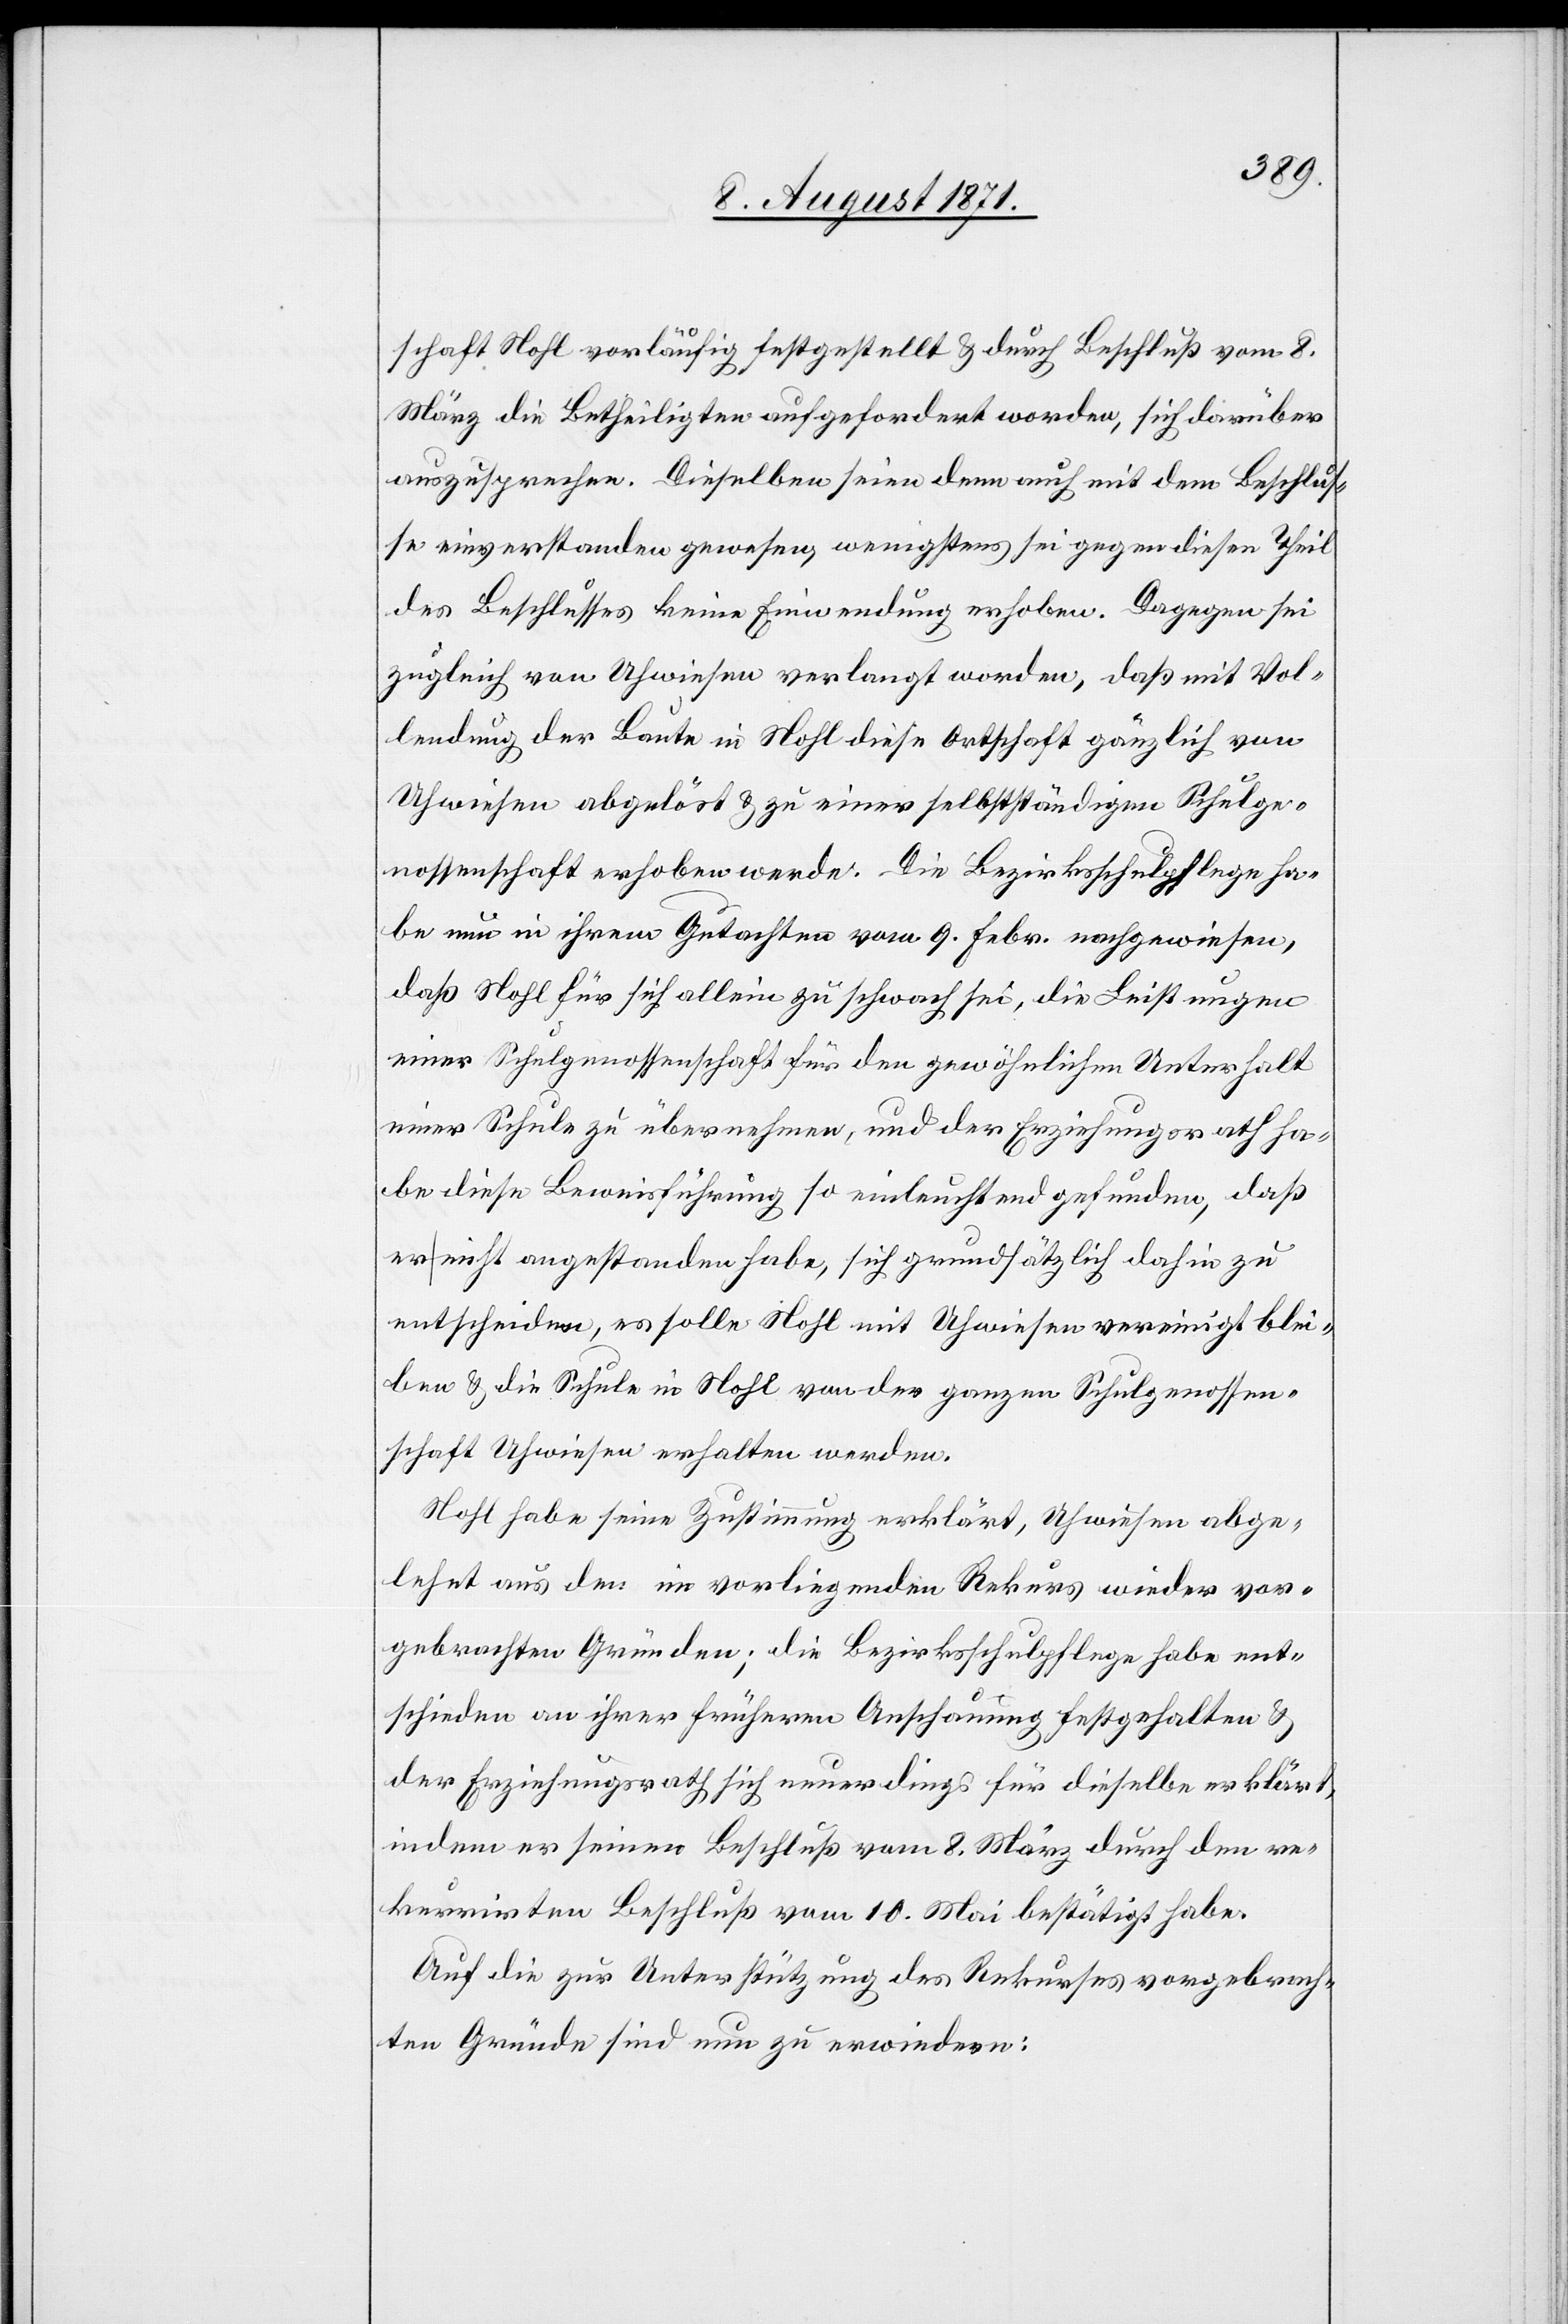
schaft Nohl vorläufig festgestellt & durch Beschluß vom 8.
März die Betheiligten aufgefordert worden, sich darüber
auszusprechen. Dieselben seien denn auch mit dem Beschlus¬
se einverstanden gewesen, wenigstens sei gegen diesen Theil
des Beschlusses keine Einwendung erhoben. Dagegen sei
zugleich von Uhwiesen verlangt worden, daß mit Vol¬
lendung der Baute in Nohl diese Ortschaft gänzlich von
Uhwiesen abgelöst & zu einer selbständigen Schulge¬
nossenschaft erhoben werde. Die Bezirksschulpfege ha¬
be nun in ihrem Gutachten vom 9. Febr. nachgewiesen,
daß Nohl für sich allein zu schwach sei, die Leistungen
einer Schulgenossenschaft für den gewöhnlichen Unterhalt
einer Schule zu übernehmen, und der Erziehungsrath ha¬
be diese Beweisführung so einleuchtend gefunden, daß
er nicht angestanden habe, sich grundsätzlich dahin zu
entscheiden, es solle Nohl mit Uhwiesen vereinigt blei¬
ben & die Schule in Nohl von der ganzen Schulgenossen¬
schaft Uhwiesen erhalten werden.
Nohl habe seine Zustimmung erklärt, Uhwiesen abge¬
lehnt aus dem im vorliegenden Rekurs wieder vor¬
gebrachten Gründen; die Bezirksschulpflege habe ent¬
schieden an ihrer früheren Anschauung festgehalten &
der Erziehungsrath sich neuerdings für dieselbe erklärt,
indem er seinen Beschluß vom 8. März durch den re¬
kurrirten Beschluß vom 10. Mai bestätigt habe.
Auf die zur Unterstützung des Rekurses vorgebrach¬
ten Gründe sind nun zu erwiedern: